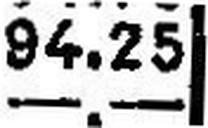
—.—